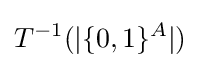
T^{-1}(|\{0,1\}^{A}|)